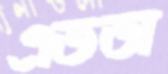
এতডা